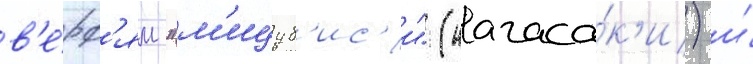
в'е́рф'ям "м'ицуб'ис'и" (нагаса́к'и) и́